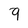
Character: 9